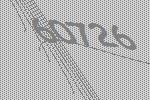
60726